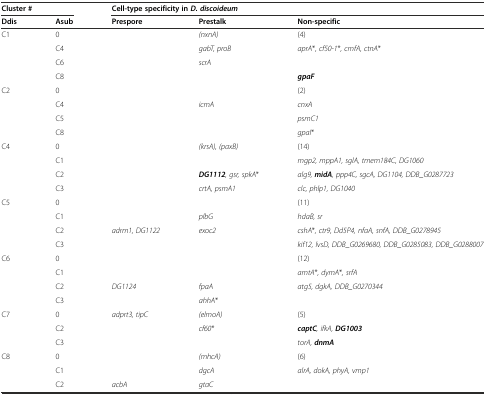
<table><thead><tr><td colspan="2"><b>Cluster #</b></td><td colspan="3"><b>Cell-type specificity in<i>D. discoideum</i></b></td></tr><tr><td><b>Ddis</b></td><td><b>Asub</b></td><td><b>Prespore</b></td><td><b>Prestalk</b></td><td><b>Non-specific</b></td></tr></thead><tbody><tr><td>C1</td><td>0</td><td></td><td><i>(nxnA)</i></td><td>(4)</td></tr><tr><td></td><td>C4</td><td></td><td><i>gabT, proB</i></td><td><i>aprA</i>*<i>, cf50-1</i>*<i>, cmfA, ctnA</i>*</td></tr><tr><td></td><td>C6</td><td></td><td><i>scrA</i></td><td></td></tr><tr><td></td><td>C8</td><td></td><td></td><td><b><i>gpaF</i></b></td></tr><tr><td>C2</td><td>0</td><td></td><td></td><td>(2)</td></tr><tr><td></td><td>C4</td><td></td><td><i>icmA</i></td><td><i>cnxA</i></td></tr><tr><td></td><td>C5</td><td></td><td></td><td><i>psmC1</i></td></tr><tr><td></td><td>C8</td><td></td><td></td><td><i>gpaI</i>*</td></tr><tr><td>C4</td><td>0</td><td></td><td><i>(krsA), (paxB)</i></td><td>(14)</td></tr><tr><td></td><td>C1</td><td></td><td></td><td><i>mgp2, mppA1, sglA, tmem184C, DG1060</i></td></tr><tr><td></td><td>C2</td><td></td><td><b><i>DG1112</i></b><i>, gsr, spkA</i>*</td><td><i>alg9,</i><b><i>midA</i></b><i>, ppp4C, sgcA, DG1104, DDB_G0287723</i></td></tr><tr><td></td><td>C3</td><td></td><td><i>crtA, psmA1</i></td><td><i>clc, phlp1, DG1040</i></td></tr><tr><td>C5</td><td>0</td><td></td><td></td><td>(11)</td></tr><tr><td></td><td>C1</td><td></td><td><i>plbG</i></td><td><i>hdaB, sr</i></td></tr><tr><td></td><td>C2</td><td><i>adrm1, DG1122</i></td><td><i>exoc2</i></td><td><i>cshA</i>*<i>, ctr9, Dd5P4, nfaA, snfA, DDB_G0278945</i></td></tr><tr><td></td><td>C3</td><td></td><td></td><td><i>kif12, lvsD, DDB_G0269680, DDB_G0285083, DDB_G0288007</i></td></tr><tr><td>C6</td><td>0</td><td></td><td></td><td>(12)</td></tr><tr><td></td><td>C1</td><td></td><td></td><td><i>amtA</i>*<i>, dymA</i>*<i>, srfA</i></td></tr><tr><td></td><td>C2</td><td><i>DG1124</i></td><td><i>fpaA</i></td><td><i>atg5, dgkA, DDB_G0270344</i></td></tr><tr><td></td><td>C3</td><td></td><td><i>ahhA</i>*</td><td></td></tr><tr><td>C7</td><td>0</td><td><i>adprt3</i><i>,</i><i>tipC</i></td><td><i>(elmoA)</i></td><td>(5)</td></tr><tr><td></td><td>C2</td><td></td><td><i>cf60</i>*</td><td><b><i>captC</i></b><i>, ifkA,</i><b><i>DG1003</i></b></td></tr><tr><td></td><td>C3</td><td></td><td></td><td><i>torA,</i><b><i>dnmA</i></b></td></tr><tr><td>C8</td><td>0</td><td></td><td><i>(mhcA)</i></td><td>(6)</td></tr><tr><td></td><td>C1</td><td></td><td><i>dgcA</i></td><td><i>alrA, dokA, phyA, vmp1</i></td></tr><tr><td></td><td>C2</td><td><i>acbA</i></td><td><i>gtaC</i></td><td></td></tr></tbody></table>